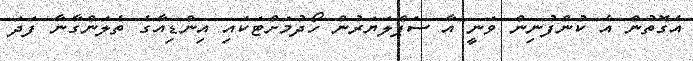
އެގޮތުން އެ ކުންފުނިން ވަނީ އާ ސަޕްލަޔަރުން ހޯދުމަށްޓަކައި އިންޑިއާގެ ތެލަންގާނާ ފަދަ